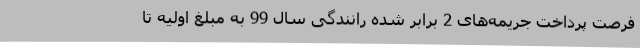
فرصت پرداخت جریمه‌های 2 برابر شده رانندگی سال 99 به مبلغ اولیه تا